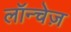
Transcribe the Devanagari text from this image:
लॉन्चेज़